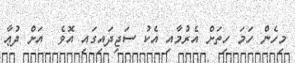
މިހެން ހަމަ ހިތަށް އެރުމާއި އެކު ސަޖިދައިގައި އޮވެ  އަށް ދުޢާ